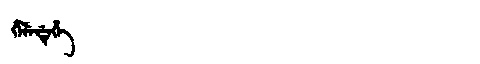
Manchu: ᡥᡝᠯᡝᡩᡝᡥᡝ
Romanization: HELEDEHE